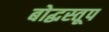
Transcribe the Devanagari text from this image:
बोद्धस्तूप